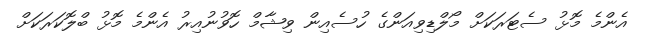
އެންމެ މޮޅު ސެޓަރަކަށް މޯލްޑިވިއަންގެ ހުސެއިން ވިޝާމް ހޮވުނުއިރު އެންމެ މޮޅު ބްލޮކަރަކަށް